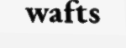
wafts